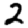
Digit: 2